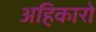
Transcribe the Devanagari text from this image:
अहिकारो